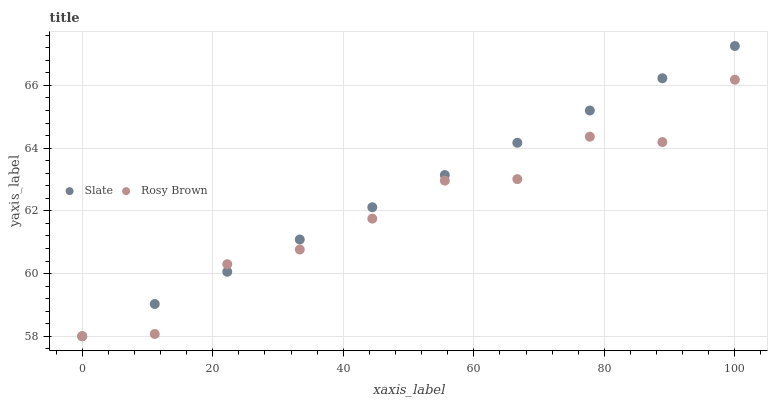
| xaxis_label | Slate | Rosy Brown |
 | --- | --- | --- |
 | 0 | 58 | 58 |
 | 11.1 | 59 | 58.1 |
 | 22.2 | 60.1 | 60.3 |
 | 33.3 | 61.1 | 60.8 |
 | 44.4 | 62.1 | 61.8 |
 | 55.6 | 63.1 | 63 |
 | 66.7 | 64.2 | 63 |
 | 77.8 | 65.2 | 64.4 |
 | 88.9 | 66.2 | 64.2 |
 | 100 | 67.3 | 66.2 |